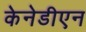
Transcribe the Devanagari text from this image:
केनेडीएन